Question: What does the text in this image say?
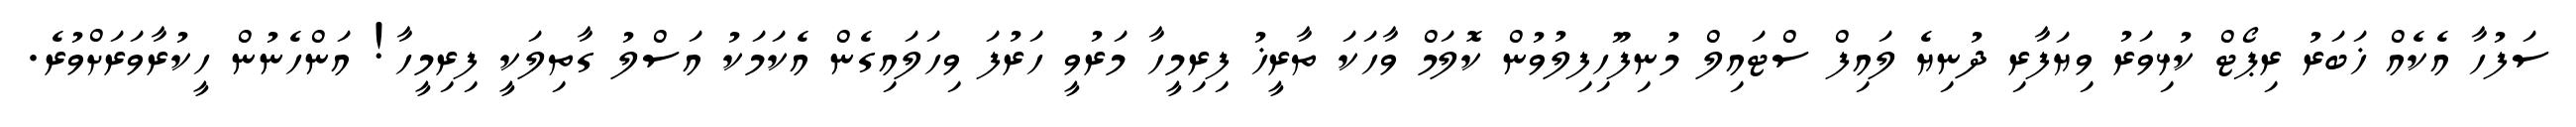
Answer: ސަފުހާ އެކެއް ޚަބަރު ރިޕޯޓް ކުޅިވަރު ވިޔަފާރި ދުނިޔެ ލައިފް ސްޓައިލް މުނިފޫހިފިލުވުން ކޮލަމް ވާހަކަ ތާރީޚު ފިރިމީހާ މަރުވީ ހަރުފަ ވިހަލައިގެން އެކަމަކު އަސްލު ގާތިލަކީ ފިރިމީހާ! އަންހެނުން ހީކުރާވަރަށްވުރެ.